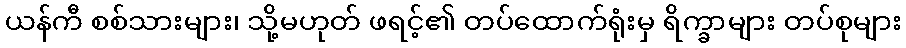
ယန်ကီ စစ်သားများ၊ သို့မဟုတ် ဖရင့်၏ တပ်ထောက်ရုံးမှ ရိက္ခာများ တပ်စုများ